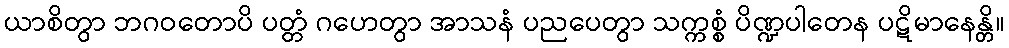
ယာစိတွာ ဘဂဝတောပိ ပတ္တံ ဂဟေတွာ အာသနံ ပညပေတွာ သက္ကစ္စံ ပိဏ္ဍပါတေန ပဋိမာနေန္တိ။